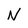
Character: N